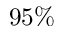
9 5 \%